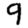
Digit: 9